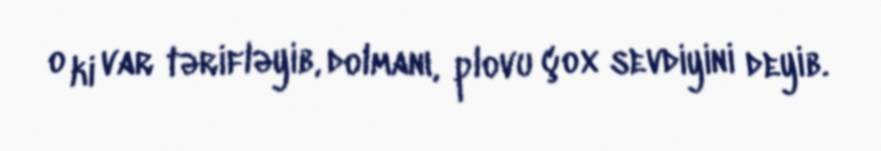
o ki var tərifləyib, dolmanı, plovu çox sevdiyini deyib.